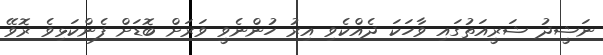
ނަޝީދު ޝަރީއަތުގައި ވާހަކަ ދެއްކެވި އިރު ހުންނެވީ ވަރަށް ބޮޑަށް ފެންކަޅިވެ ރޮވޭ